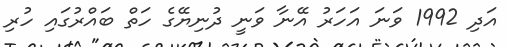
އަދި 1992 ވަނަ އަހަރު އޭނާ ވަނީ ދުނިޔޭގެ ހަތް ބައްރުގައި ހުރި